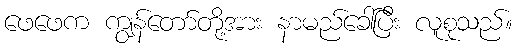
ဖေဖေက ကျွန်တော်တို့အား နာမည်ခေါ်ပြီး လူစုသည်။